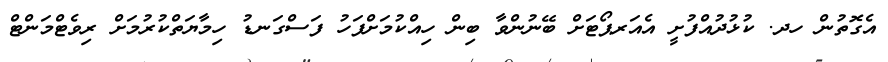
އެގޮތުން ހދ. ކުޅުދުއްފުށީ އެއަރޕޯޓަށް ބޭނުންވާ ބިން ހިއްކުމަށްފަހު ފަސްގަނޑު ހިމާޔަތްކުރުމަށް ރިވެޓްމަންޓް